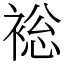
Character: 䙂